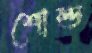
শোল্ড